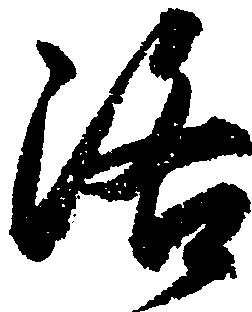
洛